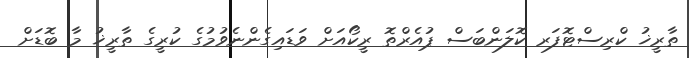
ތާރީޚު ކްރިސްޓޮފަރ ކޮލަންބަސް ޕުއެރްތޮ ރީީކޯއަށް ވަޑައިގެންނެވުމުގެ ކުރީގެ ތާރީޚު މާ ބޮޑަށް